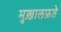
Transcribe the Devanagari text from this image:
मुख़ालफ़ते